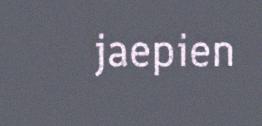
jaepien